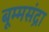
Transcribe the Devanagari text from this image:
बूम्मसंद्रा